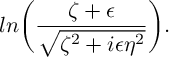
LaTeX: l n \biggl ( { \frac { \zeta + \epsilon } { \sqrt { \zeta ^ { 2 } + i \epsilon \eta ^ { 2 } } } } \biggr ) .